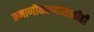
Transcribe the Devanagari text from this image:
प्रमाणीकरणासाठीही